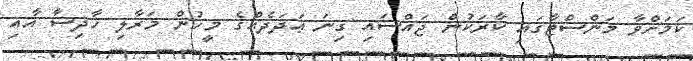
ކަމަށްވާ މަންސްޓާގައި ކާރަކުން ޖައްސައި ގިނަ ޢަދަދެއްގެ މީހުން މަރާލި ހާދިސާ އާއި